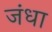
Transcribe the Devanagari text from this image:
जंधा